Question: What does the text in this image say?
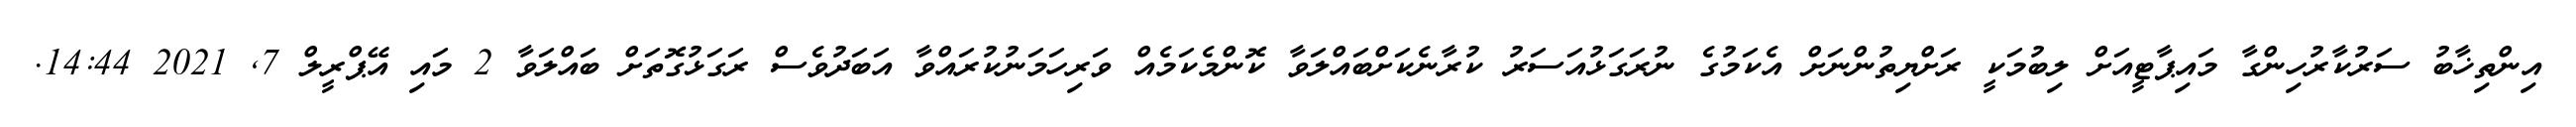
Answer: އިންތިޚާބު ސަރުކާރުހިންގާ މައިޕާޓީއަށް ލިބުމަކީ ރަށްޔިތުންނަށް އެކަމުގެ ނުރަގަޅުއަސަރު ކުރާނެކަށްބައްލަވާ ކޮންމެކަމެއް ވަރިހަމަނުކުރައްވާ އަބަދުވެސް ރަގަޅުގޮތަށް ބައްލަވާ 2 މައި އޭޕްރީލް 7, 2021 14:44.